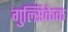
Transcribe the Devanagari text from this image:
गुल्सिकेक